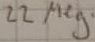
Text: 22 Meg.